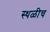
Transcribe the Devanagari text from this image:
स्थळीच